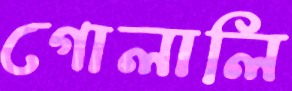
গোলালি